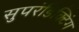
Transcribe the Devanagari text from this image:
सुपरंडिक्टिंग